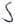
Text: S